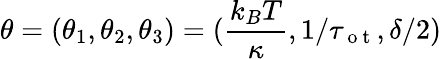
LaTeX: \theta=(\theta_{1},\theta_{2},\theta_{3})=(\frac{k_{B}T}{\kappa},1/\tau_{\mathrm{~o~t~}},\delta/2)